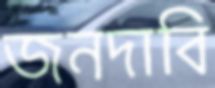
জনদাবি